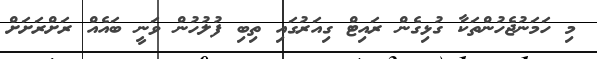
މި ހަމަނުޖެހުންތަކާ ގުޅިގެން ރައިޓް ގިއަރުގައި ތިބި ފުލުހުން ވަނީ ބައެއް ރަށްރަށަށް